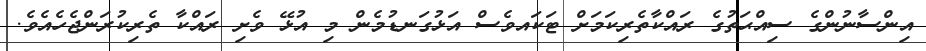
އިންސާނުންގެ ސިއްޙަތުގެ ރައްކާތެރިކަމަށް ޓަކައވެސް އަޅުގަނޑުމެން މި އުޅޭ ވެށި ރައްކާ ތެރިކުރަންޖެހެއެވެ.